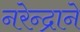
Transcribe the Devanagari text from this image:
नरेन्द्राने